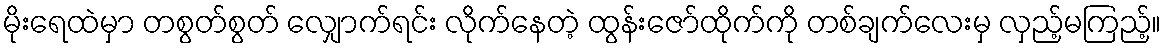
မိုးရေထဲမှာ တစွတ်စွတ် လျှောက်ရင်း လိုက်နေတဲ့ ထွန်းဇော်ထိုက်ကို တစ်ချက်လေးမှ လှည့်မကြည့်။